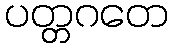
ပတ္တဂတေ